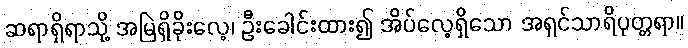
ဆရာရှိရာသို့ အမြဲရှိခိုးလေ့၊ ဦးခေါင်းထား၍ အိပ်လေ့ရှိသော အရှင်သာရိပုတ္တရာ။